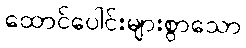
ထောင်ပေါင်းများစွာသော